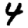
Digit: 4